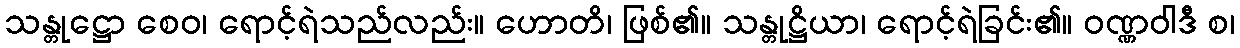
သန္တုဋ္ဌော စေဝ၊ ရောင့်ရဲသည်လည်း။ ဟောတိ၊ ဖြစ်၏။ သန္တုဋ္ဌိယာ၊ ရောင့်ရဲခြင်း၏။ ဝဏ္ဏဝါဒီ စ၊